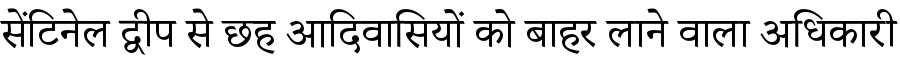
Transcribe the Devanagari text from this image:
सेंटिनेल द्वीप से छह आदिवासियों को बाहर लाने वाला अधिकारी